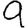
Digit: 9